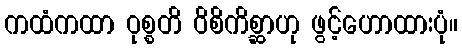
ကထံကထာ ဝုစ္စတိ ဝိစိကိစ္ဆာဟု ဖွင့်ဟောထားပုံ။